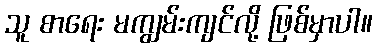
သူ စာရေး မကျွမ်းကျင်လို့ ဖြစ်မှာပါ။